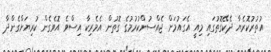
އުތުރުކޮރެޔާ ދެކޭގޮތުގައި މިއީ އެގައުމަށް ޖެއްސުންކުރުމުގެ ގޮތުން އެމެރިކާ އިސްވެ އޮވެގެން ކުރިޔަށްގެންދާ